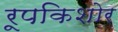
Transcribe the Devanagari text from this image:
रूपकिशोर